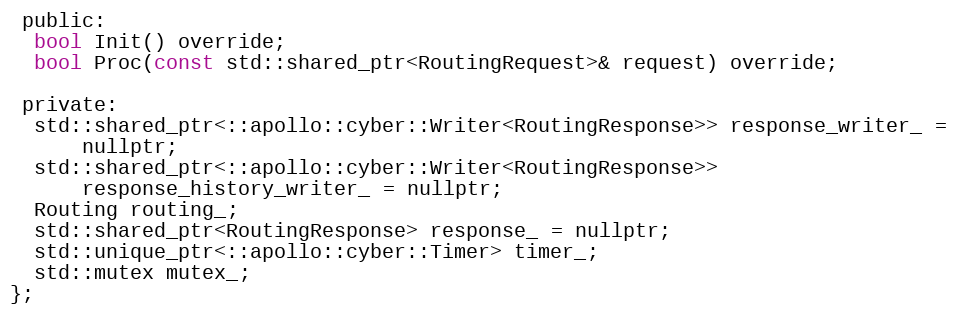
Language: C
 public:
  bool Init() override;
  bool Proc(const std::shared_ptr<RoutingRequest>& request) override;

 private:
  std::shared_ptr<::apollo::cyber::Writer<RoutingResponse>> response_writer_ =
      nullptr;
  std::shared_ptr<::apollo::cyber::Writer<RoutingResponse>>
      response_history_writer_ = nullptr;
  Routing routing_;
  std::shared_ptr<RoutingResponse> response_ = nullptr;
  std::unique_ptr<::apollo::cyber::Timer> timer_;
  std::mutex mutex_;
};